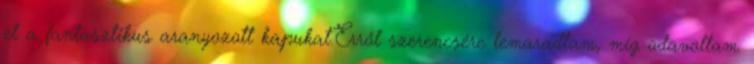
el a fantasztikus aranyozott kapukat.Erről szerencsére lemaradtam, míg odavoltam.